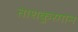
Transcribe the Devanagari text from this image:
ताशकुरगान